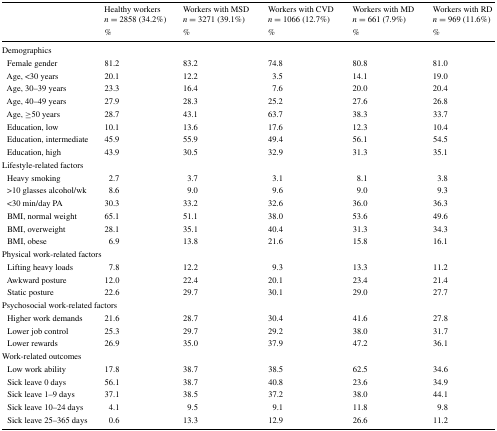
<table><thead><tr><td rowspan="2"></td><td><b>Healthy workers <i>n</i> = 2858 (34.2%)</b></td><td><b>Workers with MSD<i>n</i> = 3271 (39.1%)</b></td><td><b>Workers with CVD<i>n</i> = 1066 (12.7%)</b></td><td><b>Workers with MD<i>n</i> = 661 (7.9%)</b></td><td><b>Workers with RD<i>n</i> = 969 (11.6%)</b></td></tr><tr><td><b>%</b></td><td><b>%</b></td><td><b>%</b></td><td><b>%</b></td><td><b>%</b></td></tr></thead><tbody><tr><td colspan="6">Demographics</td></tr><tr><td> Female gender</td><td>81.2</td><td>83.2</td><td>74.8</td><td>80.8</td><td>81.0</td></tr><tr><td> Age, &lt;30 years</td><td>20.1</td><td>12.2</td><td>3.5</td><td>14.1</td><td>19.0</td></tr><tr><td> Age, 30–39 years</td><td>23.3</td><td>16.4</td><td>7.6</td><td>20.0</td><td>20.4</td></tr><tr><td> Age, 40–49 years</td><td>27.9</td><td>28.3</td><td>25.2</td><td>27.6</td><td>26.8</td></tr><tr><td> Age, ≥50 years</td><td>28.7</td><td>43.1</td><td>63.7</td><td>38.3</td><td>33.7</td></tr><tr><td> Education, low</td><td>10.1</td><td>13.6</td><td>17.6</td><td>12.3</td><td>10.4</td></tr><tr><td> Education, intermediate</td><td>45.9</td><td>55.9</td><td>49.4</td><td>56.1</td><td>54.5</td></tr><tr><td> Education, high</td><td>43.9</td><td>30.5</td><td>32.9</td><td>31.3</td><td>35.1</td></tr><tr><td colspan="6">Lifestyle-related factors</td></tr><tr><td> Heavy smoking</td><td>2.7</td><td>3.7</td><td>3.1</td><td>8.1</td><td>3.8</td></tr><tr><td> &gt;10 glasses alcohol/wk</td><td>8.6</td><td>9.0</td><td>9.6</td><td>9.0</td><td>9.3</td></tr><tr><td> &lt;30 min/day PA</td><td>30.3</td><td>33.2</td><td>32.6</td><td>36.0</td><td>36.3</td></tr><tr><td> BMI, normal weight</td><td>65.1</td><td>51.1</td><td>38.0</td><td>53.6</td><td>49.6</td></tr><tr><td> BMI, overweight</td><td>28.1</td><td>35.1</td><td>40.4</td><td>31.3</td><td>34.3</td></tr><tr><td> BMI, obese</td><td>6.9</td><td>13.8</td><td>21.6</td><td>15.8</td><td>16.1</td></tr><tr><td colspan="6">Physical work-related factors</td></tr><tr><td> Lifting heavy loads</td><td>7.8</td><td>12.2</td><td>9.3</td><td>13.3</td><td>11.2</td></tr><tr><td> Awkward posture</td><td>12.0</td><td>22.4</td><td>20.1</td><td>23.4</td><td>21.4</td></tr><tr><td> Static posture</td><td>22.6</td><td>29.7</td><td>30.1</td><td>29.0</td><td>27.7</td></tr><tr><td colspan="6">Psychosocial work-related factors</td></tr><tr><td> Higher work demands</td><td>21.6</td><td>28.7</td><td>30.4</td><td>41.6</td><td>27.8</td></tr><tr><td> Lower job control</td><td>25.3</td><td>29.7</td><td>29.2</td><td>38.0</td><td>31.7</td></tr><tr><td> Lower rewards</td><td>26.9</td><td>35.0</td><td>37.9</td><td>47.2</td><td>36.1</td></tr><tr><td colspan="6">Work-related outcomes</td></tr><tr><td> Low work ability</td><td>17.8</td><td>38.7</td><td>38.5</td><td>62.5</td><td>34.6</td></tr><tr><td> Sick leave 0 days</td><td>56.1</td><td>38.7</td><td>40.8</td><td>23.6</td><td>34.9</td></tr><tr><td> Sick leave 1–9 days</td><td>37.1</td><td>38.5</td><td>37.2</td><td>38.0</td><td>44.1</td></tr><tr><td> Sick leave 10–24 days</td><td>4.1</td><td>9.5</td><td>9.1</td><td>11.8</td><td>9.8</td></tr><tr><td> Sick leave 25–365 days</td><td>0.6</td><td>13.3</td><td>12.9</td><td>26.6</td><td>11.2</td></tr></tbody></table>